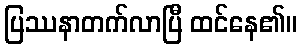
ပြဿနာတက်လာပြီ ထင်နေ၏။